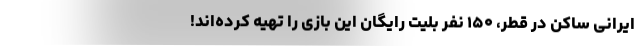
ایرانی ساکن در قطر، ۱۵۰ نفر بلیت رایگان این بازی را تهیه کرده‌اند!